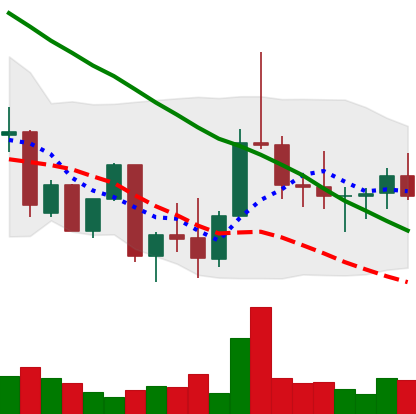
Ticker: DOGE-USD
Chart end date: 2022-10-01
Forward return: 4.647%
Label: up_3_5